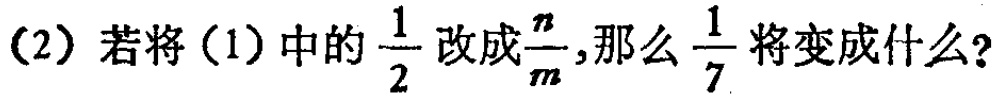
(2) 若将 (1) 中的$\frac{1}{2}$改成$\frac{n}{m}$,那么$\frac{1}{7}$将变成什么?